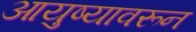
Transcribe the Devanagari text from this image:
आयुष्यावरून